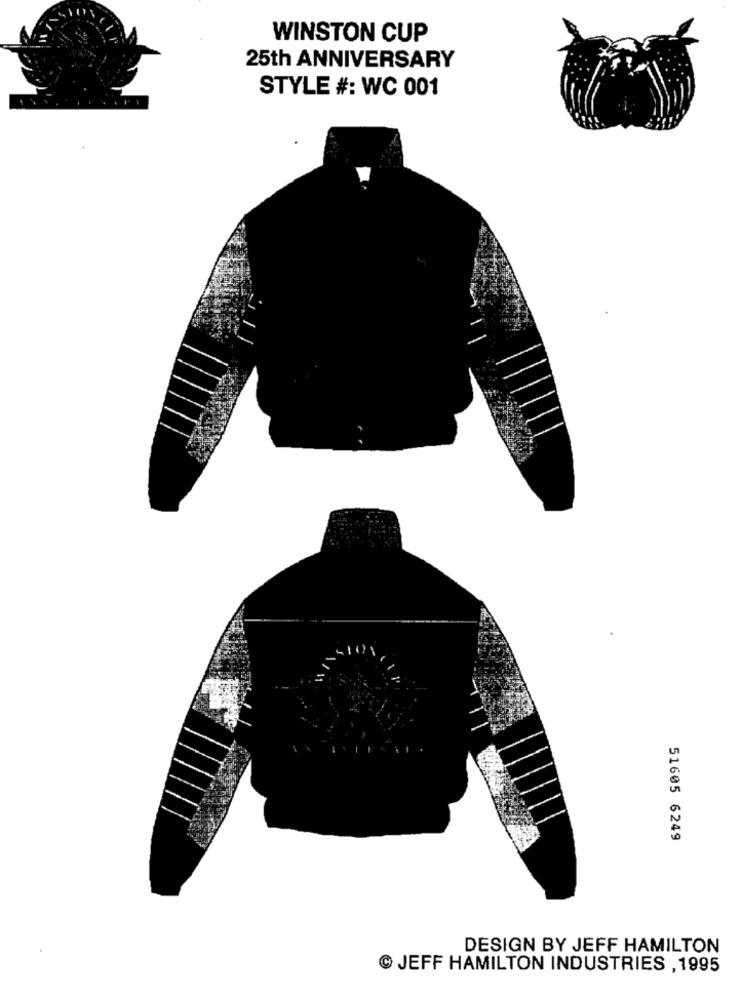
WINSTON CUP
25th ANNIVERSARY
STYLE #: WC 001
51605 6249
DESIGN BY JEFF HAMILTON
JEFF HAMILTON INDUSTRIES , 1995